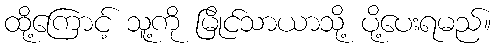
ထို့ကြောင့် သူ့ကို မြိုင်သာယာသို့ ပို့ပေးရမည်။